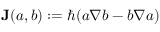
\mathbf { J } ( a , b ) : = \hbar ( a \nabla b - b \nabla a )